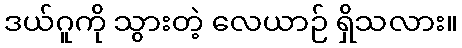
ဒယ်ဂူကို သွားတဲ့ လေယာဉ် ရှိသလား။